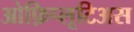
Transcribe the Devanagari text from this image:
ओफ़िप्लूटिअस